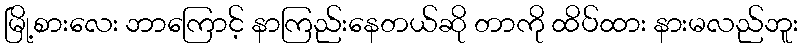
မြို့စားလေး ဘာကြောင့် နာကြည်းနေတယ်ဆို တာကို ထိပ်ထား နားမလည်ဘူး